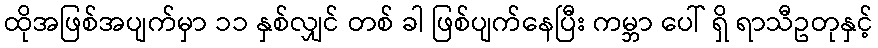
ထိုအဖြစ်အပျက်မှာ ၁၁ နှစ်လျှင် တစ် ခါ ဖြစ်ပျက်နေပြီး ကမ္ဘာ ပေါ် ရှိ ရာသီဥတုနှင့်